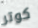
كوتر